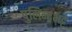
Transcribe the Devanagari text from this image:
पुलिन्दभट्ट